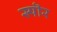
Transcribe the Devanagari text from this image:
स्पॊर